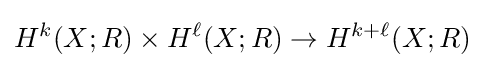
H^{k}(X;R)\times H^{\ell }(X;R)\to H^{k+\ell }(X;R)